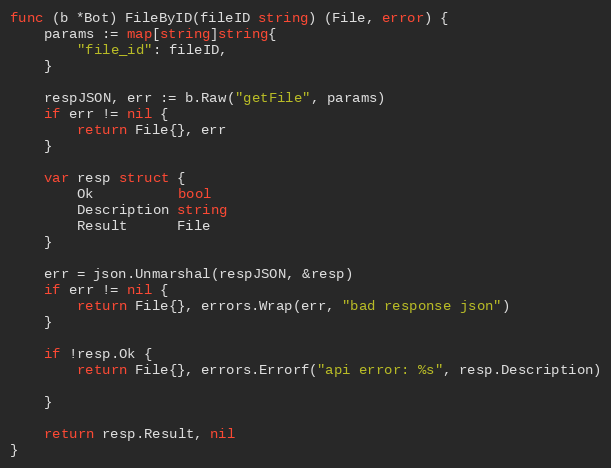
Language: Go
func (b *Bot) FileByID(fileID string) (File, error) {
	params := map[string]string{
		"file_id": fileID,
	}

	respJSON, err := b.Raw("getFile", params)
	if err != nil {
		return File{}, err
	}

	var resp struct {
		Ok          bool
		Description string
		Result      File
	}

	err = json.Unmarshal(respJSON, &resp)
	if err != nil {
		return File{}, errors.Wrap(err, "bad response json")
	}

	if !resp.Ok {
		return File{}, errors.Errorf("api error: %s", resp.Description)

	}

	return resp.Result, nil
}